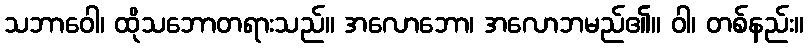
သဘာဝေါ၊ ထိုသဘောတရားသည်။ အလောဘော၊ အလောဘမည်၏။ ဝါ၊ တစ်နည်း။